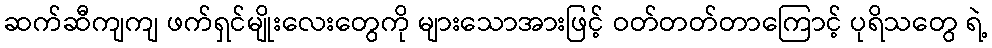
ဆက်ဆီကျကျ ဖက်ရှင်မျိုးလေးတွေကို များသောအားဖြင့် ဝတ်တတ်တာကြောင့် ပုရိသတွေ ရဲ့